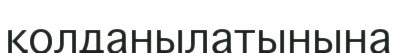
қолданылатынына